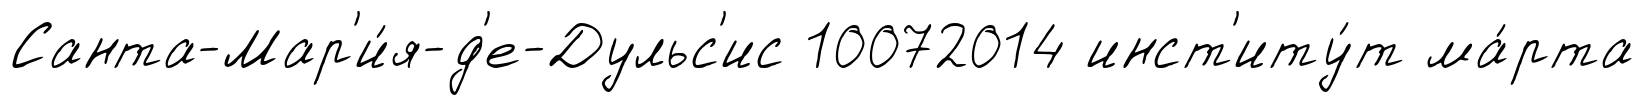
Санта-Мар'и́я-д'е-Дульс'ис 10072014 инст'иту́т ма́рта